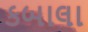
કબાલા